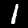
Digit: 1